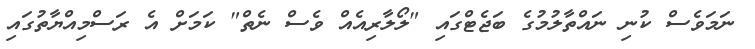
ނަމަވެސް ކުނި ނައްތާލުމުގެ ބަޖެޓްގައި "ލޯލާރިއެއް ވެސް ނެތް" ކަމަށް އެ ރަސްމިއްޔާތުގައި